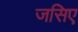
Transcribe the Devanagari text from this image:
जसिए